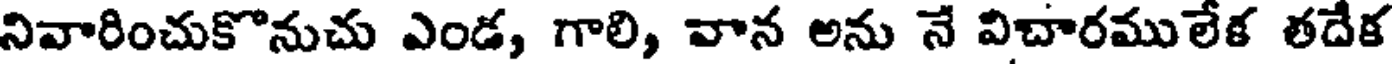
నివారించుకొనుచు ఎండ, గాలి, వాన అను నే విచారములేక తదేక